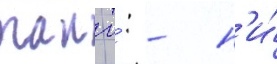
таии то́: - н'и́